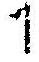
1